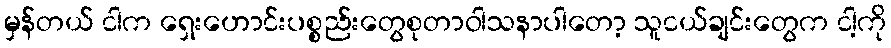
မှန်တယ် ငါက ရှေးဟောင်းပစ္စည်းတွေစုတာဝါသနာပါတော့ သူငယ်ချင်းတွေက ငါ့ကို